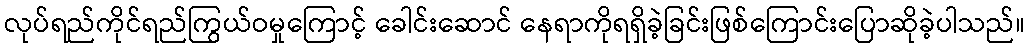
လုပ်ရည်ကိုင်ရည်ကြွယ်ဝမှုကြောင့် ခေါင်းဆောင် နေရာကိုရရှိခဲ့ခြင်းဖြစ်ကြောင်းပြောဆိုခဲ့ပါသည်။